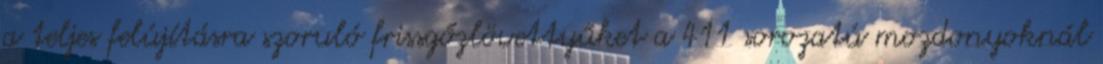
a teljes felújításra szoruló frissgőzlövettyűket a 411 sorozatú mozdonyoknál